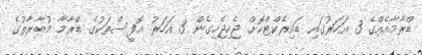
ޑްރާމާއެއްގެ 3 އަހަރުގައި ޑައިރެކްޓްކޮށް ޖެހިޖެހިގެން 3 އަހަރު އޮފީސްތަކުގެ ޑްރާމާ މުބާރާތުގެ